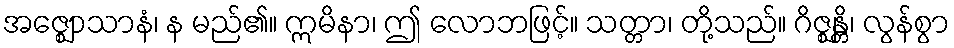
အဇ္ဈောသာနံ၊ န မည်၏။ ဣမိနာ၊ ဤ လောဘဖြင့်။ သတ္တာ၊ တို့သည်။ ဂိဇ္ဈန္တိ၊ လွန်စွာ